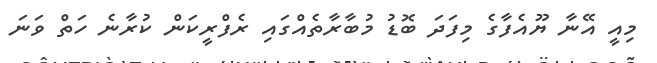
މިއީ އޭނާ ޔޫއެފާގެ މިފަދަ ބޮޑު މުބާރާތެއްގައި ރެފްރީކަން ކުރާނެ ހަތް ވަނަ